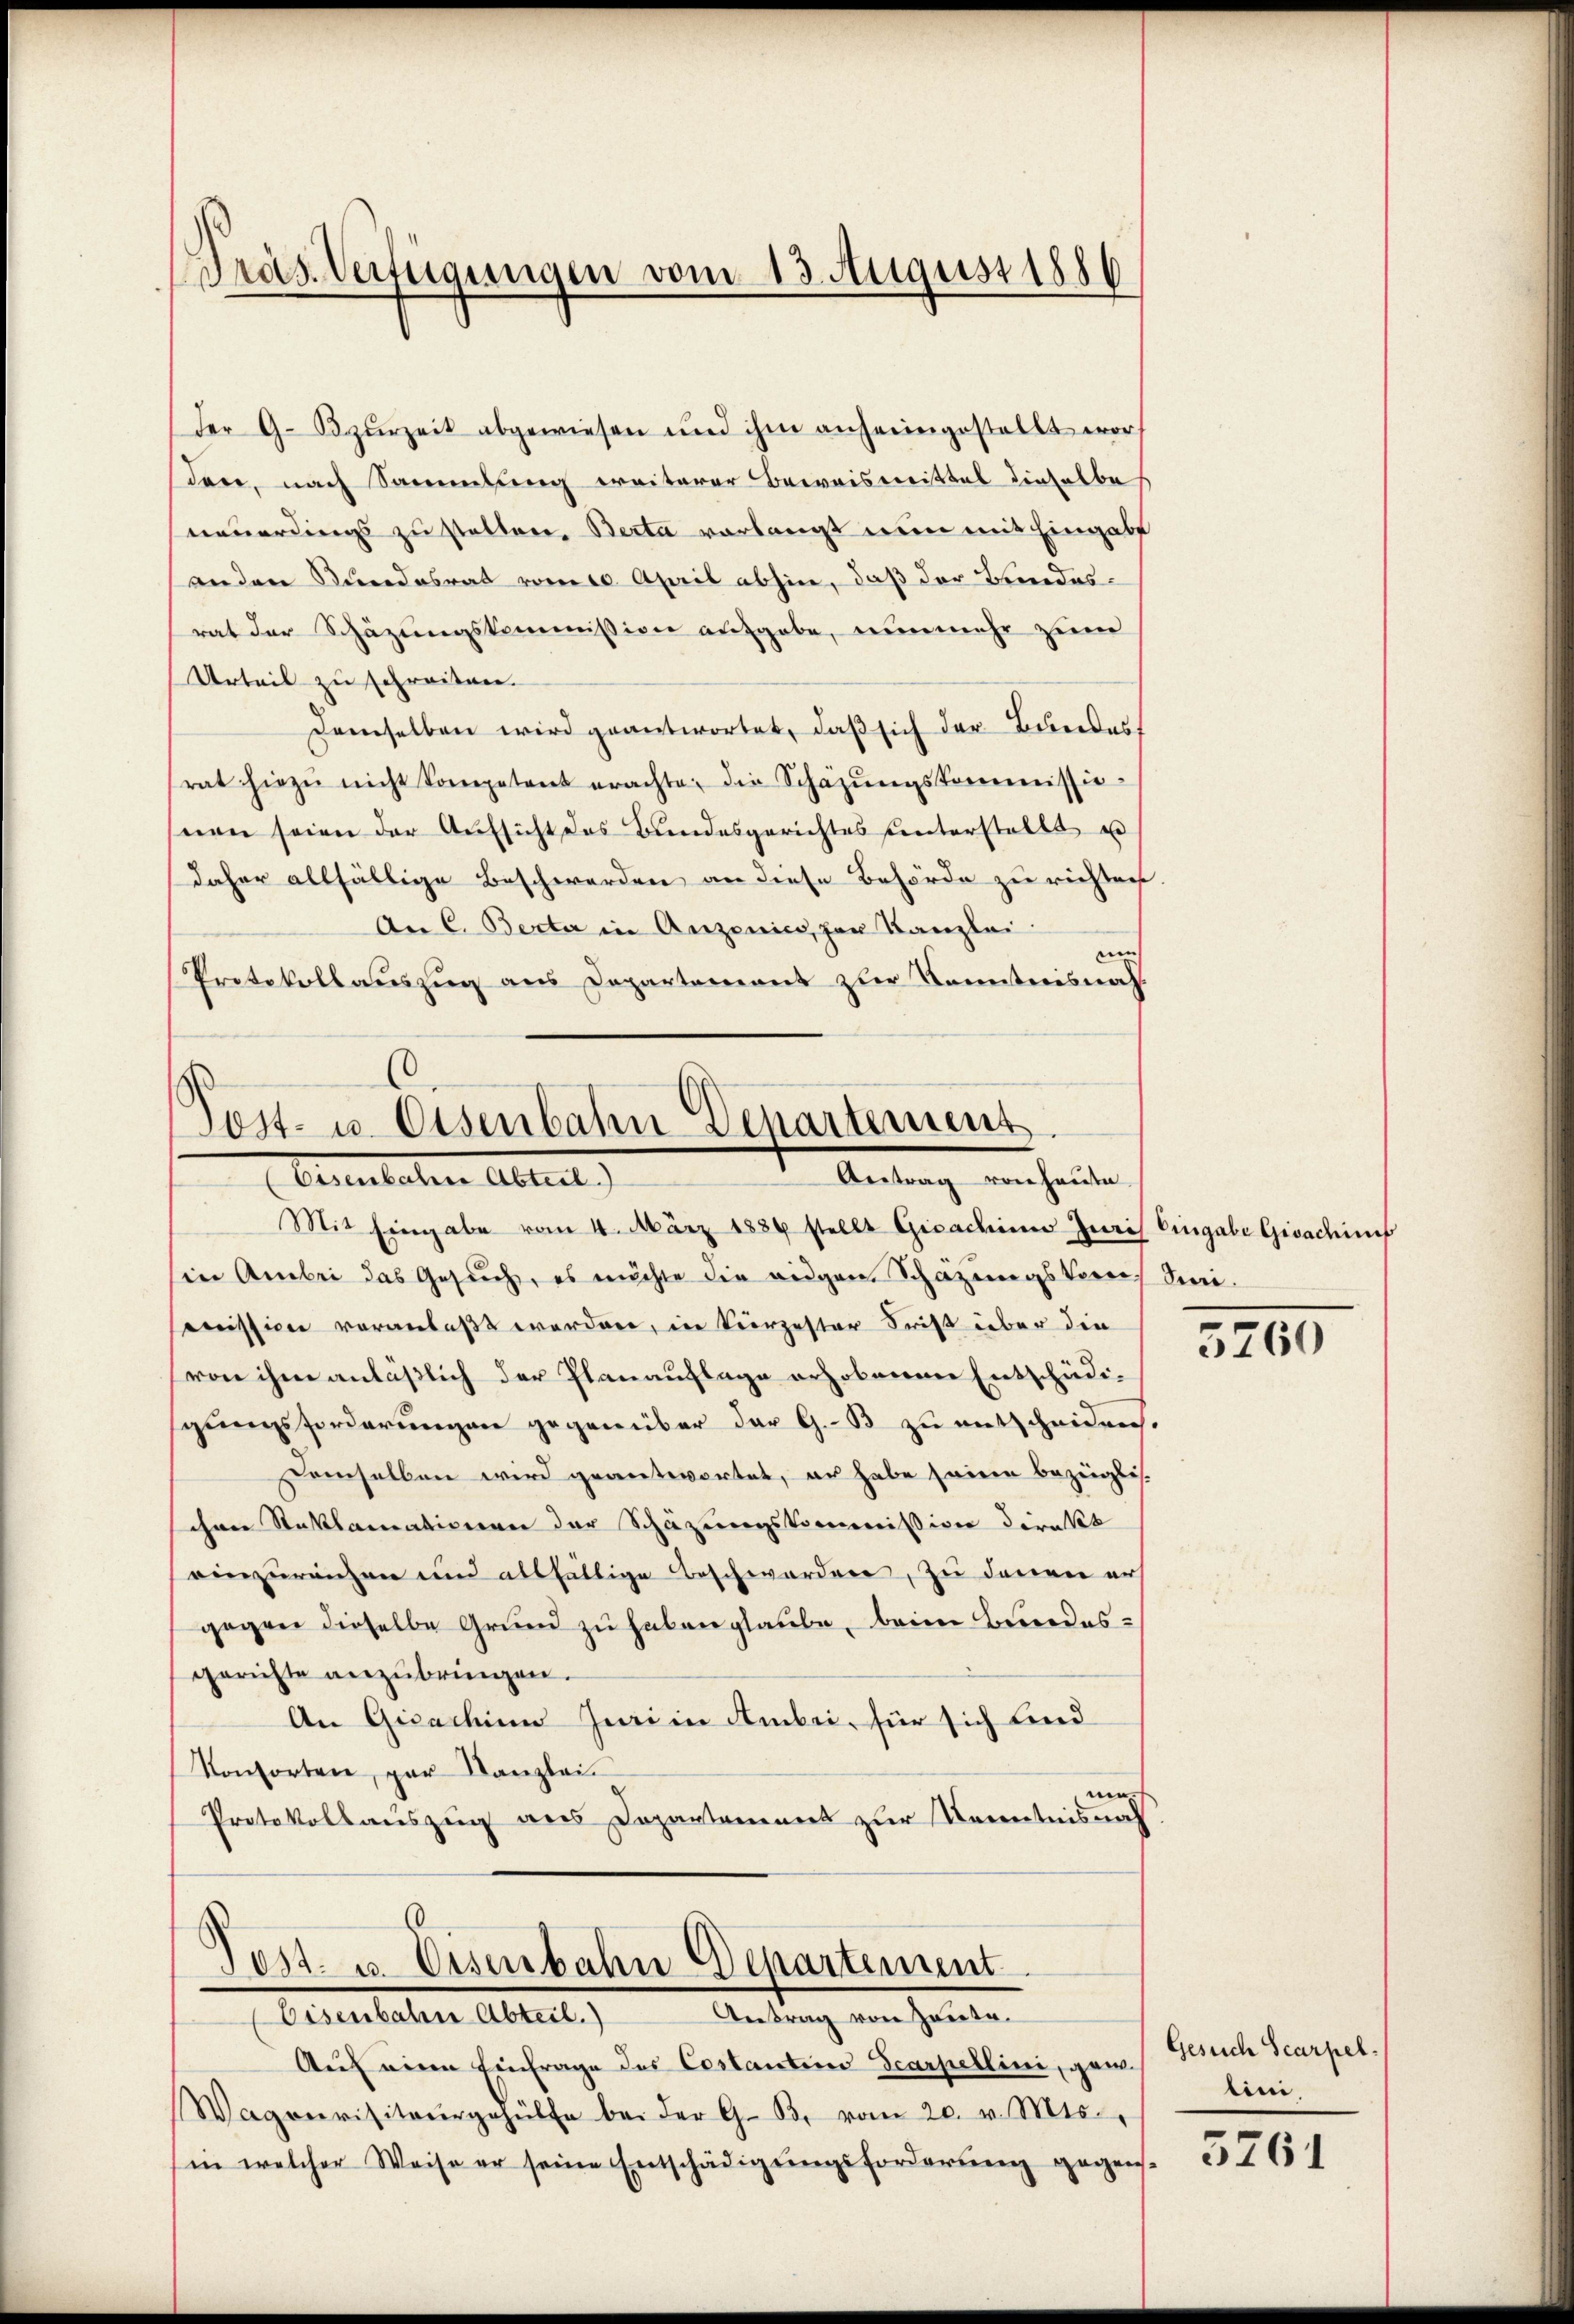
Präs. Verfügungen vom 13. August 1886

der G. Bzŭrzeit abgewiesen und ihm anheimgestellt wor
den, nach Sammlung weiterer Beweismittel dieselbe
neuerdings zu statten. Berta verlangt nun mit Eingabe
anden Stundesrat vom 10. April abhin, daß der Kindesrat der Schäzungskommission aufgabe, nunmehr zum
Urteil zu schreiten.
demselben wird geantwortet, daß sich der Besendes
rat hiezŭ nicht kompetent erachte, die Schazŭngskommissioseen seien der Aŭfsicht das Bundesgerichtes unterstellt u
daher allfällige Beschwerden an diese Behörde zu richten.
An C. Berta in Anzenico, par Kanzlei.
cin
Protokollauszug aus Departement zur Kenntnisnah

Post- u. Eisenbahn Departement
Antrag von Hause
Ernenlehen Abteil

Mit Eingabe vom 4. März 1889 stellt Gicademie Juris Eingabe Givadif
sin Anbei das Gesŭch, es möchte die eigen Schazungskorres Jurimission veranlaßt werden, in Verzester Frist über die
von ihm anläßlich der Planauflage erhobenen Entschädigungsforderungen gegenüber der G. B. zu entscheiden.
Demselben wird geantwortet, er habe seinen bezügli
schen Stoklamationen der Schazungskommission direkt
einzureichen und allfältige Beschwerden, zu denen ers
gegen dieselbe Grund zu haben glaube, beim Bundesgerichte anzubringen.
An Gicachinn Juri in Ambri, für sich lind
Konsorten, par Kanzlei
nen.
Protokollauszug aus Dopartement zur Kenntnisnah

6
Post- u. Eisenbahn Departement
Antrag von heuten
Eisenbahne Abteil.)

Auf eine Einfrage des Costanten Scarpellini, gem
Wagenvisitaŭrgehülfe bei der G. B. vom 20. v. Mts.
in welcher Weise er seine Entschädigŭngsforderŭng gegens-

5760

Gesuch Scarpel.
lini,

5761